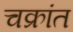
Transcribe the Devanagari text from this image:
चक्रांत